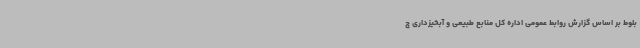
بلوط بر اساس گزارش روابط عمومی اداره کل منابع طبیعی و آبخیزداری چ